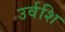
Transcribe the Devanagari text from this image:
उर्वशि